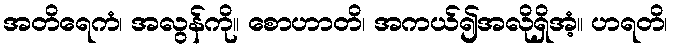
အတိရေကံ၊ အလွန်ကို။ စောဟာတိ၊ အကယ်၍အလိုရှိအံ့။ ဟရတိ၊